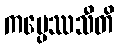
ကပ္ပေဿသီတိ